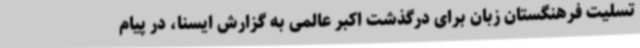
تسلیت فرهنگستان زبان برای درگذشت اکبر عالمی به گزارش ایسنا، در پیام